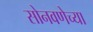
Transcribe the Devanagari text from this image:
सोनवणेच्या